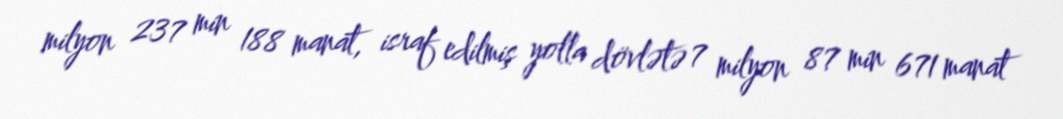
milyon 237 min 188 manat, israf edilmiş yolla dövlətə 7 milyon 87 min 671 manat